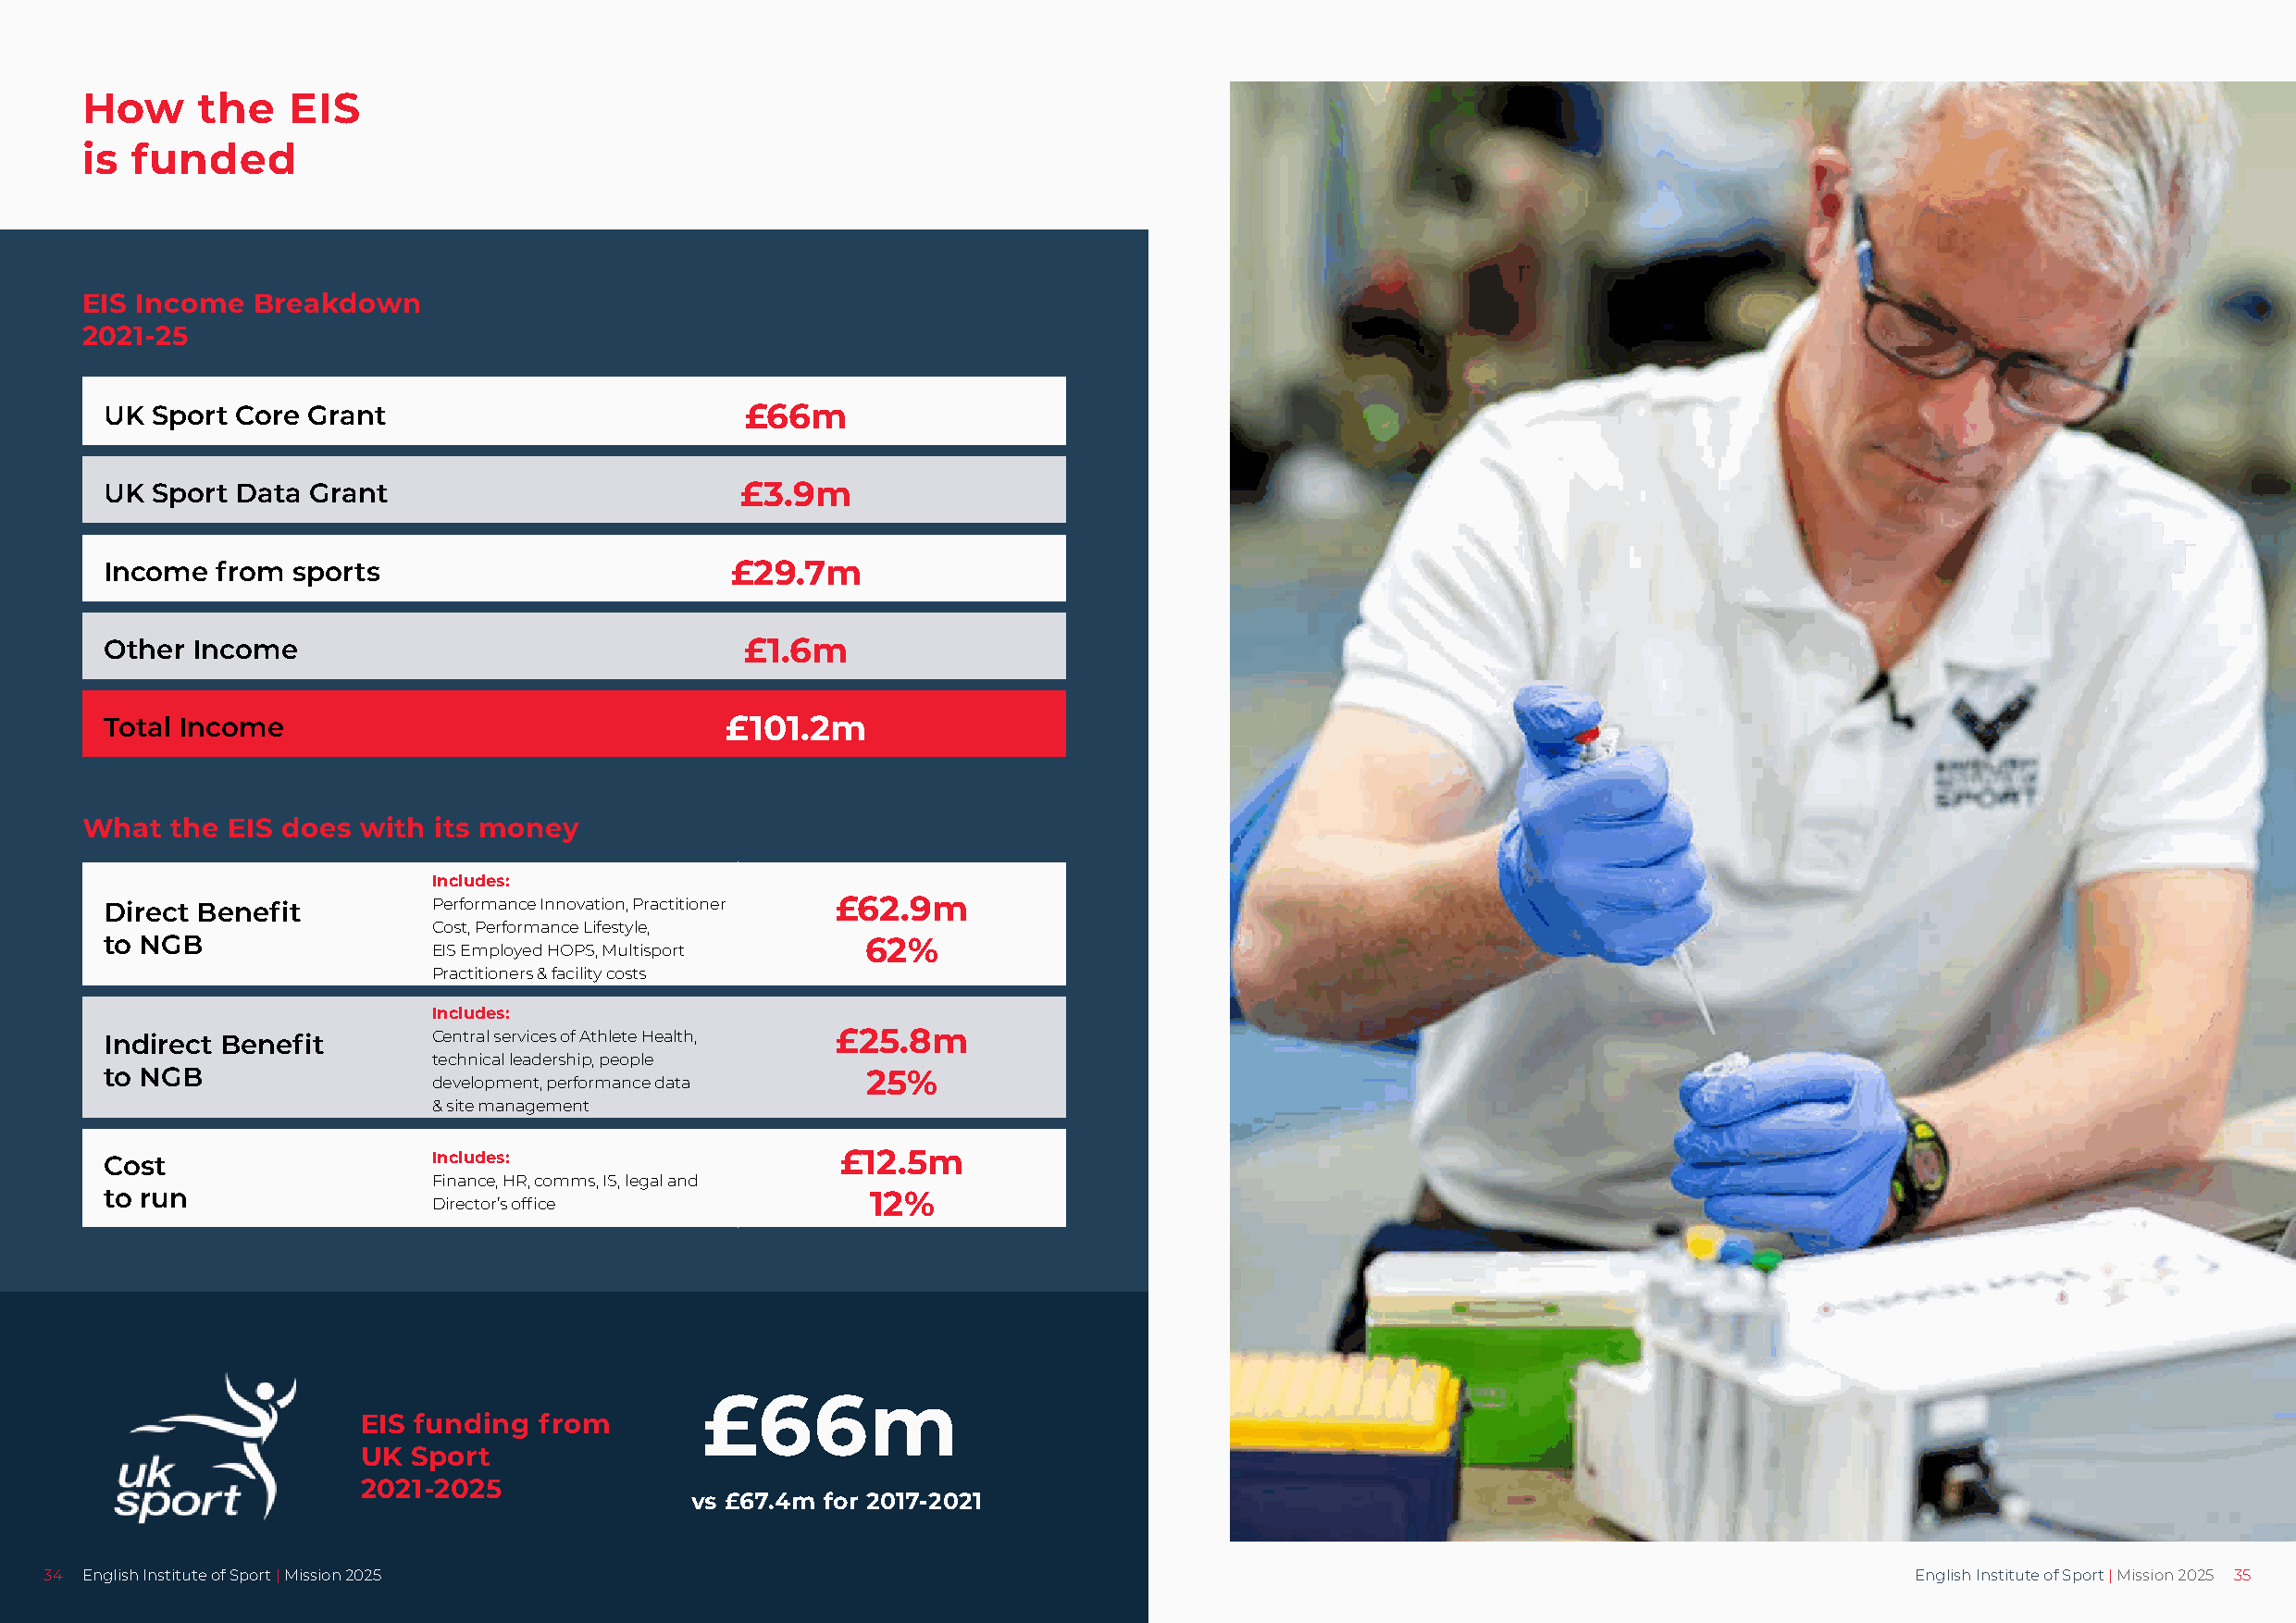
How     the    EIS
 is funded
 EIS Income  Breakdown
 2021-25
 UK  Sport Core Grant                          £66m
 UK  Sport Data Grant                          £3.9m
 Income   from sports                         £29.7m
 Other  Income                                 £1.6m
 Total Income                                 £101.2m
 What  the EIS does  with its money
 Includes:
 Direct Benefit          Performance Innovation, Practitioner £62.9m
 Cost, Performance Lifestyle,
 to NGB                                                 62%
 EIS Employed HOPS, Multisport
 Practitioners & facility costs
 Includes:
 Indirect Benefit        Central services of Athlete Health, £25.8m
 technical leadership, people
 to NGB                                                 25%
 development, performance data
 & site management
 Cost                    Includes:                    £12.5m
 Finance, HR, comms, IS, legal and
 to run                                                 12%
 Director’s office
 £66m
 EIS funding  from
 UK Sport
 2021-2025
 vs £67.4m for 2017-2021
 34 English Institute of Sport | Mission 2025                                                                                          English Institute of Sport | Mission 2025 35